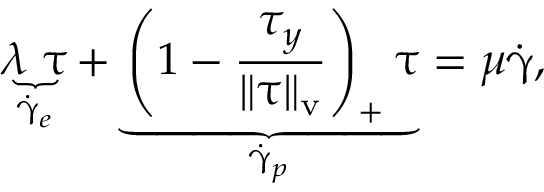
\underbrace { \lambda ~ \overset { \triangledown } { \boldsymbol { \uptau } } } _ { \dot { \boldsymbol { \upgamma } } _ { e } } + \underbrace { \left( 1 - \frac { \tau _ { y } } { \Vert \boldsymbol { \uptau } \Vert _ { \mathrm { v } } } \right) _ { + } \boldsymbol { \uptau } } _ { \dot { \boldsymbol { \upgamma } } _ { p } } = \mu \dot { \boldsymbol { \upgamma } } ,